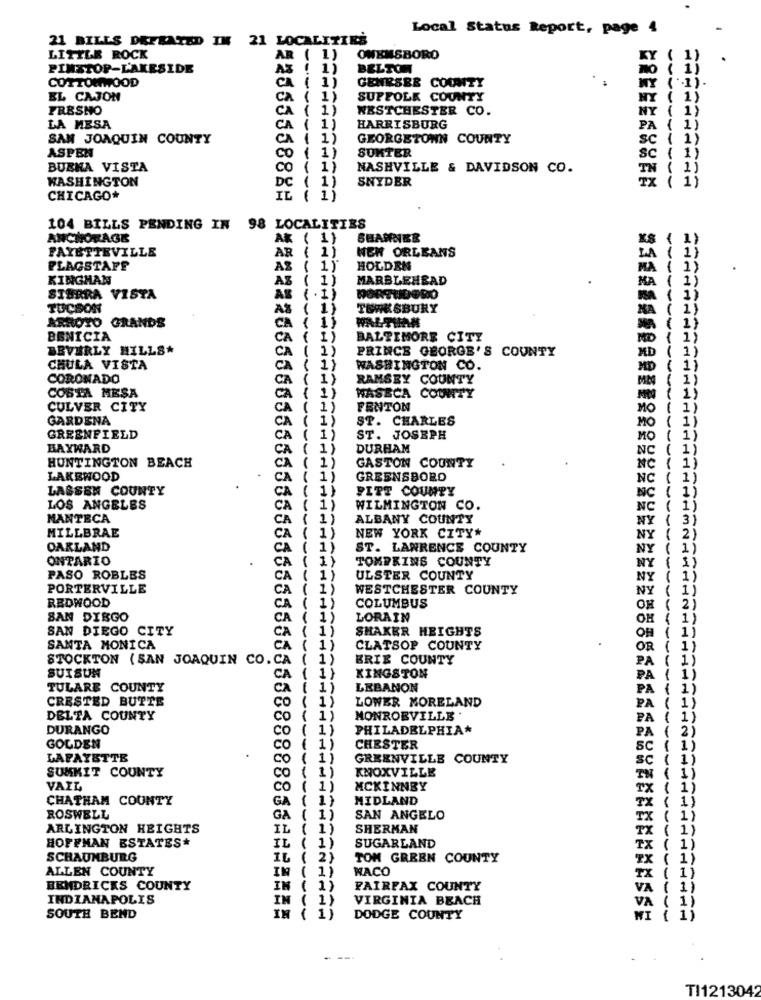
Local Status Report, page 4
21 BILLS DEFEATED IN 21 LOCALITIES
LITTLE ROCK
AR ( 1)
OWENSBORO
KY
PIMSTOP-LAKESIDE
1)
BELTON
COTTONWOOD
ca ( 1)
GENESEE COUNTY
EL CAJON
CA ( 1)
SUPFOLK COUNTY
FRESHO
CA
( 1)
WESTCHESTER CO.
LA MESA
CA ( 1)
HARRISBURG
PA
SAN JOAQUIN COUNTY
CA ( 1)
GEORGETOWN COUNTY
sc
1)
ASPEN
CO ( 1)
SUMTER
SC
BUENA VISTA
CO ( 1)
NASHVILLE & DAVIDSON CO.
TN
WASHINGTON
DC ( 1)
SNYDER
TX
CHICAGO*
IL ( 1)
22055558885
104 BILLS PENDING IN 98 LOCALITIES
ANCHORAGE
AK ( 1)
SHANNER
FAYETTEVILLE
AR ( 1)
NEW ORLEANS
FLAGSTAFF
AS ( 1)
HOLDEN
.
KINGHAN
AS
( 1)
MARBLEHEAD
SIERRA VISTA
AS ( . 1)
DORTUDORO
TUCSON
1)
TEWKSBURY
ARROS
GRANDE
CA
{ 1}
BENICIA
CA
( 1)
BALTIMORE CITY
BEVERLY HILLS*
CA
1)
PRINCE GEORGE'S COUNTY
CHULA VISTA
CA ( 1)
WASHINGTON CO.
CORONADO
CA ( 1)
RAMSEY COUNTY
COSTA MESA
( 1)
WASECA COUNTY
CULVER CITY
1)
FENTON
MO
GARDENA
ST. CHARLES
GREENFIELD
1)
ST. JOSEPH
NO
BAYWARD
1)
DURHAM
1)
GASTON COUNTY
HUNTINGTON BEACH
LAKEWOOD
1)
GREENSBORO
LASSEN COUNTY
1)
PITT COUNTY
LOS ANGELES
CA
1)
WILMINGTON CO.
MANTECA
ALBANY COUNTY
MILLBRAE
1)
NEW YORK CITY*
OAKLAND
ST. LAWRENCE COUNTY
NY
ONTARIO
CA
TOMPKINS COUNTY
PASO ROBLES
CA
ULSTER COUNTY
NY
PORTERVILLE
WESTCHESTER COUNTY
NY
REDWOOD
1)
COLUMBUS
OH
SAN DIEGO
LORAIN
OH
SAN DIEGO CITY
1)
SHAKER HEIGHTS
SANTA MONICA
1)
CLATSOP COUNTY
OR
STOCKTON (SAN JOAQUIN CO. CA
1)
ERIE COUNTY
SUISUN
KINGSTON
1)
TULARE COUNTY
CA
1)
LEBANON
CRESTED BUTTE
CO
1)
LOWER MORELAND
DELTA COUNTY
CO
1)
MONROEVILLE .
DURANGO
co
1)
PHILADELPHIA*
GOLDEN
co
1)
CHESTER
LAFAYETTE
Co
1)
GREENVILLE COUNTY
SUMMIT COUNTY
KNOXVILLE
co ( 1)
VAIL
CO ( 1)
MCKINNEY
CHATHAM COUNTY
GA { 1}
MIDLAND
ROSWELL
GA ( 1)
SAN ANGELO
ARLINGTON HEIGHTS
IL ( 1)
SHERMAN
HOFFMAN ESTATES*
IL ( 1)
SUGARLAND
SCHAUMBURG
IL ( 2)
TOM GREEN COUNTY
ALLEN COUNTY
IN ( 1)
WACO
BEMDRICKS COUNTY
IN ( 1)
FAIRFAX COUNTY
INDIANAPOLIS
IN ( 1)
VIRGINIA BEACH
SOUTH BEND
IN ( 1)
DODGE COUNTY
TI1213042